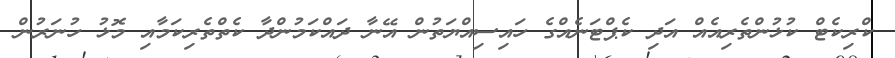
ކްރިކެޓް ކުޅުންތެރިއެއް އަދި ކެޕްޓަނެއްގެ ހައިސިއްޔަތުން އޭނާ ދައްކަމުންދާ ކެތްތެރިކަމާއި މޮޅު ހުނަރުން